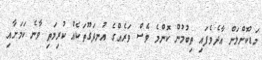
މަޑުކޮށްލަން އާދެވެފައި ތިބުމުން ކޮންމެ ވެސް ވަރެއްގެ އުނދަގޫތަކެއް ކުރިމަތި ވާނެ ކަމަށާއި